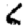
Digit: 6